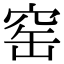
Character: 窑